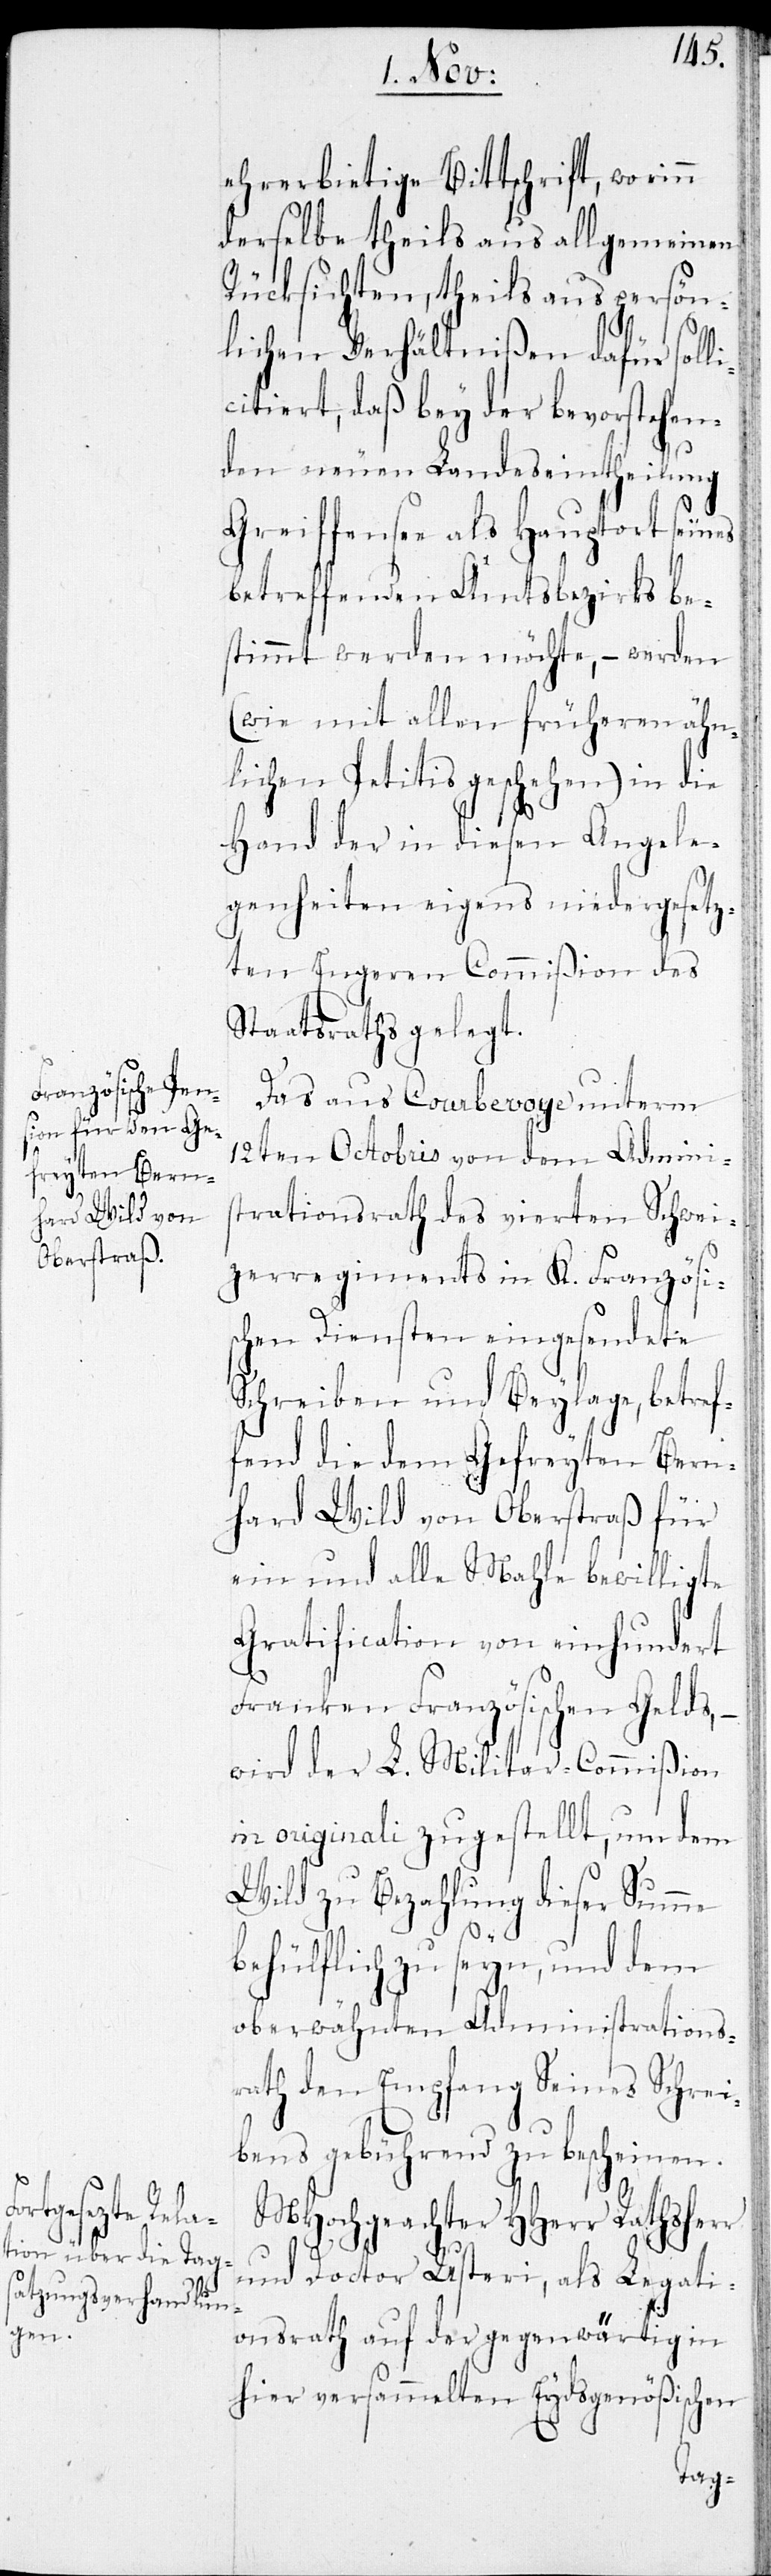
ehrerbietige Bittschrift, worinn
derselbe theils aus allgemeinen
Rücksichten, theils aus persön¬
lichen Verhältnißen dafür solli¬
citiert, daß bey der bevorstehen¬
den neuen Landeseintheilung
Greiffensee als Hauptort seines
betreffenden Amtsbezirks be¬
stimmt werden möchte, – werden
(wie mit allen früheren ähn¬
lichen Petitis geschehen) in die
Hand der diesen Angele¬
genheiten eigens niedergesetz¬
ten Engeren Commißion des
Staatsraths gelegt.
Das aus Courbevoye unterm
12ten Octobris von dem Admini¬
strationsrath des vierten Schwei¬
zerregiments in K. Französis¬
chen Diensten eingesendete
Schreiben und Beylage, betref¬
fend die dem Gefreyten Bern¬
hard Wild von Oberstraß für
ein und alle Mahle bewilligte
Gratification von einhundert
Franken Französischen Gelds,
wird der L. Militar-Commißion
in originali zugestellt, um dem
Wild zu Bezahlung dieser Summe
behülflich zu seyn, und dem
oberwähnten Administrations¬
rath den Empfang Seines Schrei¬
bens gebührend zu bescheinen.
MHochgeachter HHerr Rathsherr
und Doctor Usteri, als Legati¬
onsrath auf der gegenwärtig in
hier versammelten Eydsgenößischen